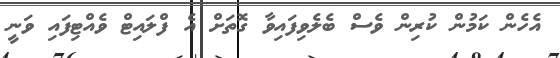
އެހެން ކަމުން ކުރިން ވެސް ބެލެވިފައިވާ ގޮތަށް އެ ފްލައިޓް ވެއްޓިފައި ވަނީ